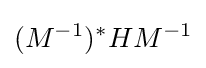
(M^{-1})^{*}HM^{-1}